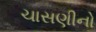
ચાસણીનો